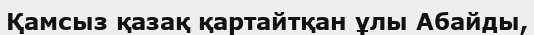
Қамсыз қазақ қартайтқан ұлы Абайды,